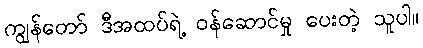
ကျွန်တော် ဒီအထပ်ရဲ့ ဝန်ဆောင်မှု ပေးတဲ့ သူပါ။